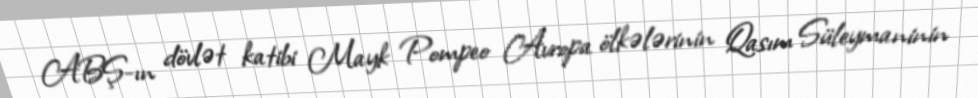
ABŞ-ın dövlət katibi Mayk Pompeo Avropa ölkələrinin Qasım Süleymaninin